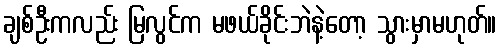
ချစ်ဦးကလည်း မြလွင်က မဖယ်ခိုင်းဘဲနဲ့တော့ သွားမှာမဟုတ်။